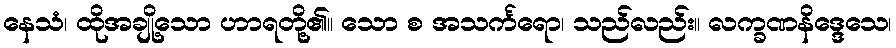
နေသံ၊ ထိုအချို့သော ဟာရတို့၏။ သော စ အသင်္ကရော၊ သည်လည်း။ လက္ခဏနိဒ္ဒေသေ၊